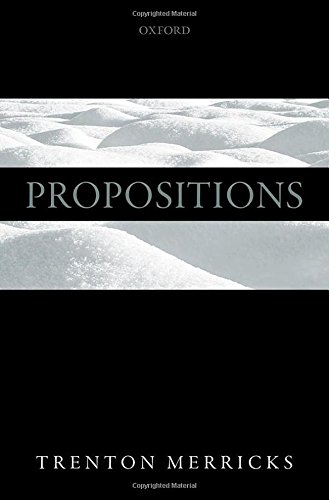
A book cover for Propositions; Trenton Merricks; Reference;